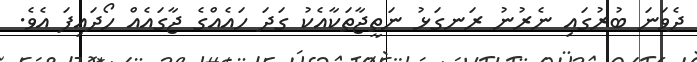
ދެވަނަ ބުރުގައި ނެރުނު ރަނގަޅު ނަތީޖާތަކާއެކު ގަދަ ހައެއްގެ ޖާގައެއް ހޯދައިފަ އެވެ.